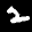
Label: 2